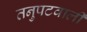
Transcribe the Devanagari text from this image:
तनुपटवाली